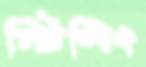
স্টিলিং